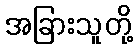
အခြားသူတို့